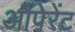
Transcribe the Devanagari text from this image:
औपेरेंट